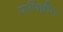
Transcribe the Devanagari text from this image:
पाणिन्नीय